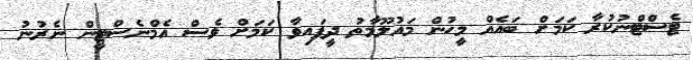
ޓެސްޓްނުކުރާ ކަމަށް ބައެއް މީހުން މައުލޫމާތު ދީފައިވާ ކަމަށް ވެސް އެމްނެސްޓީން ނެރުނު